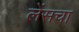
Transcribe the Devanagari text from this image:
लेंसचा